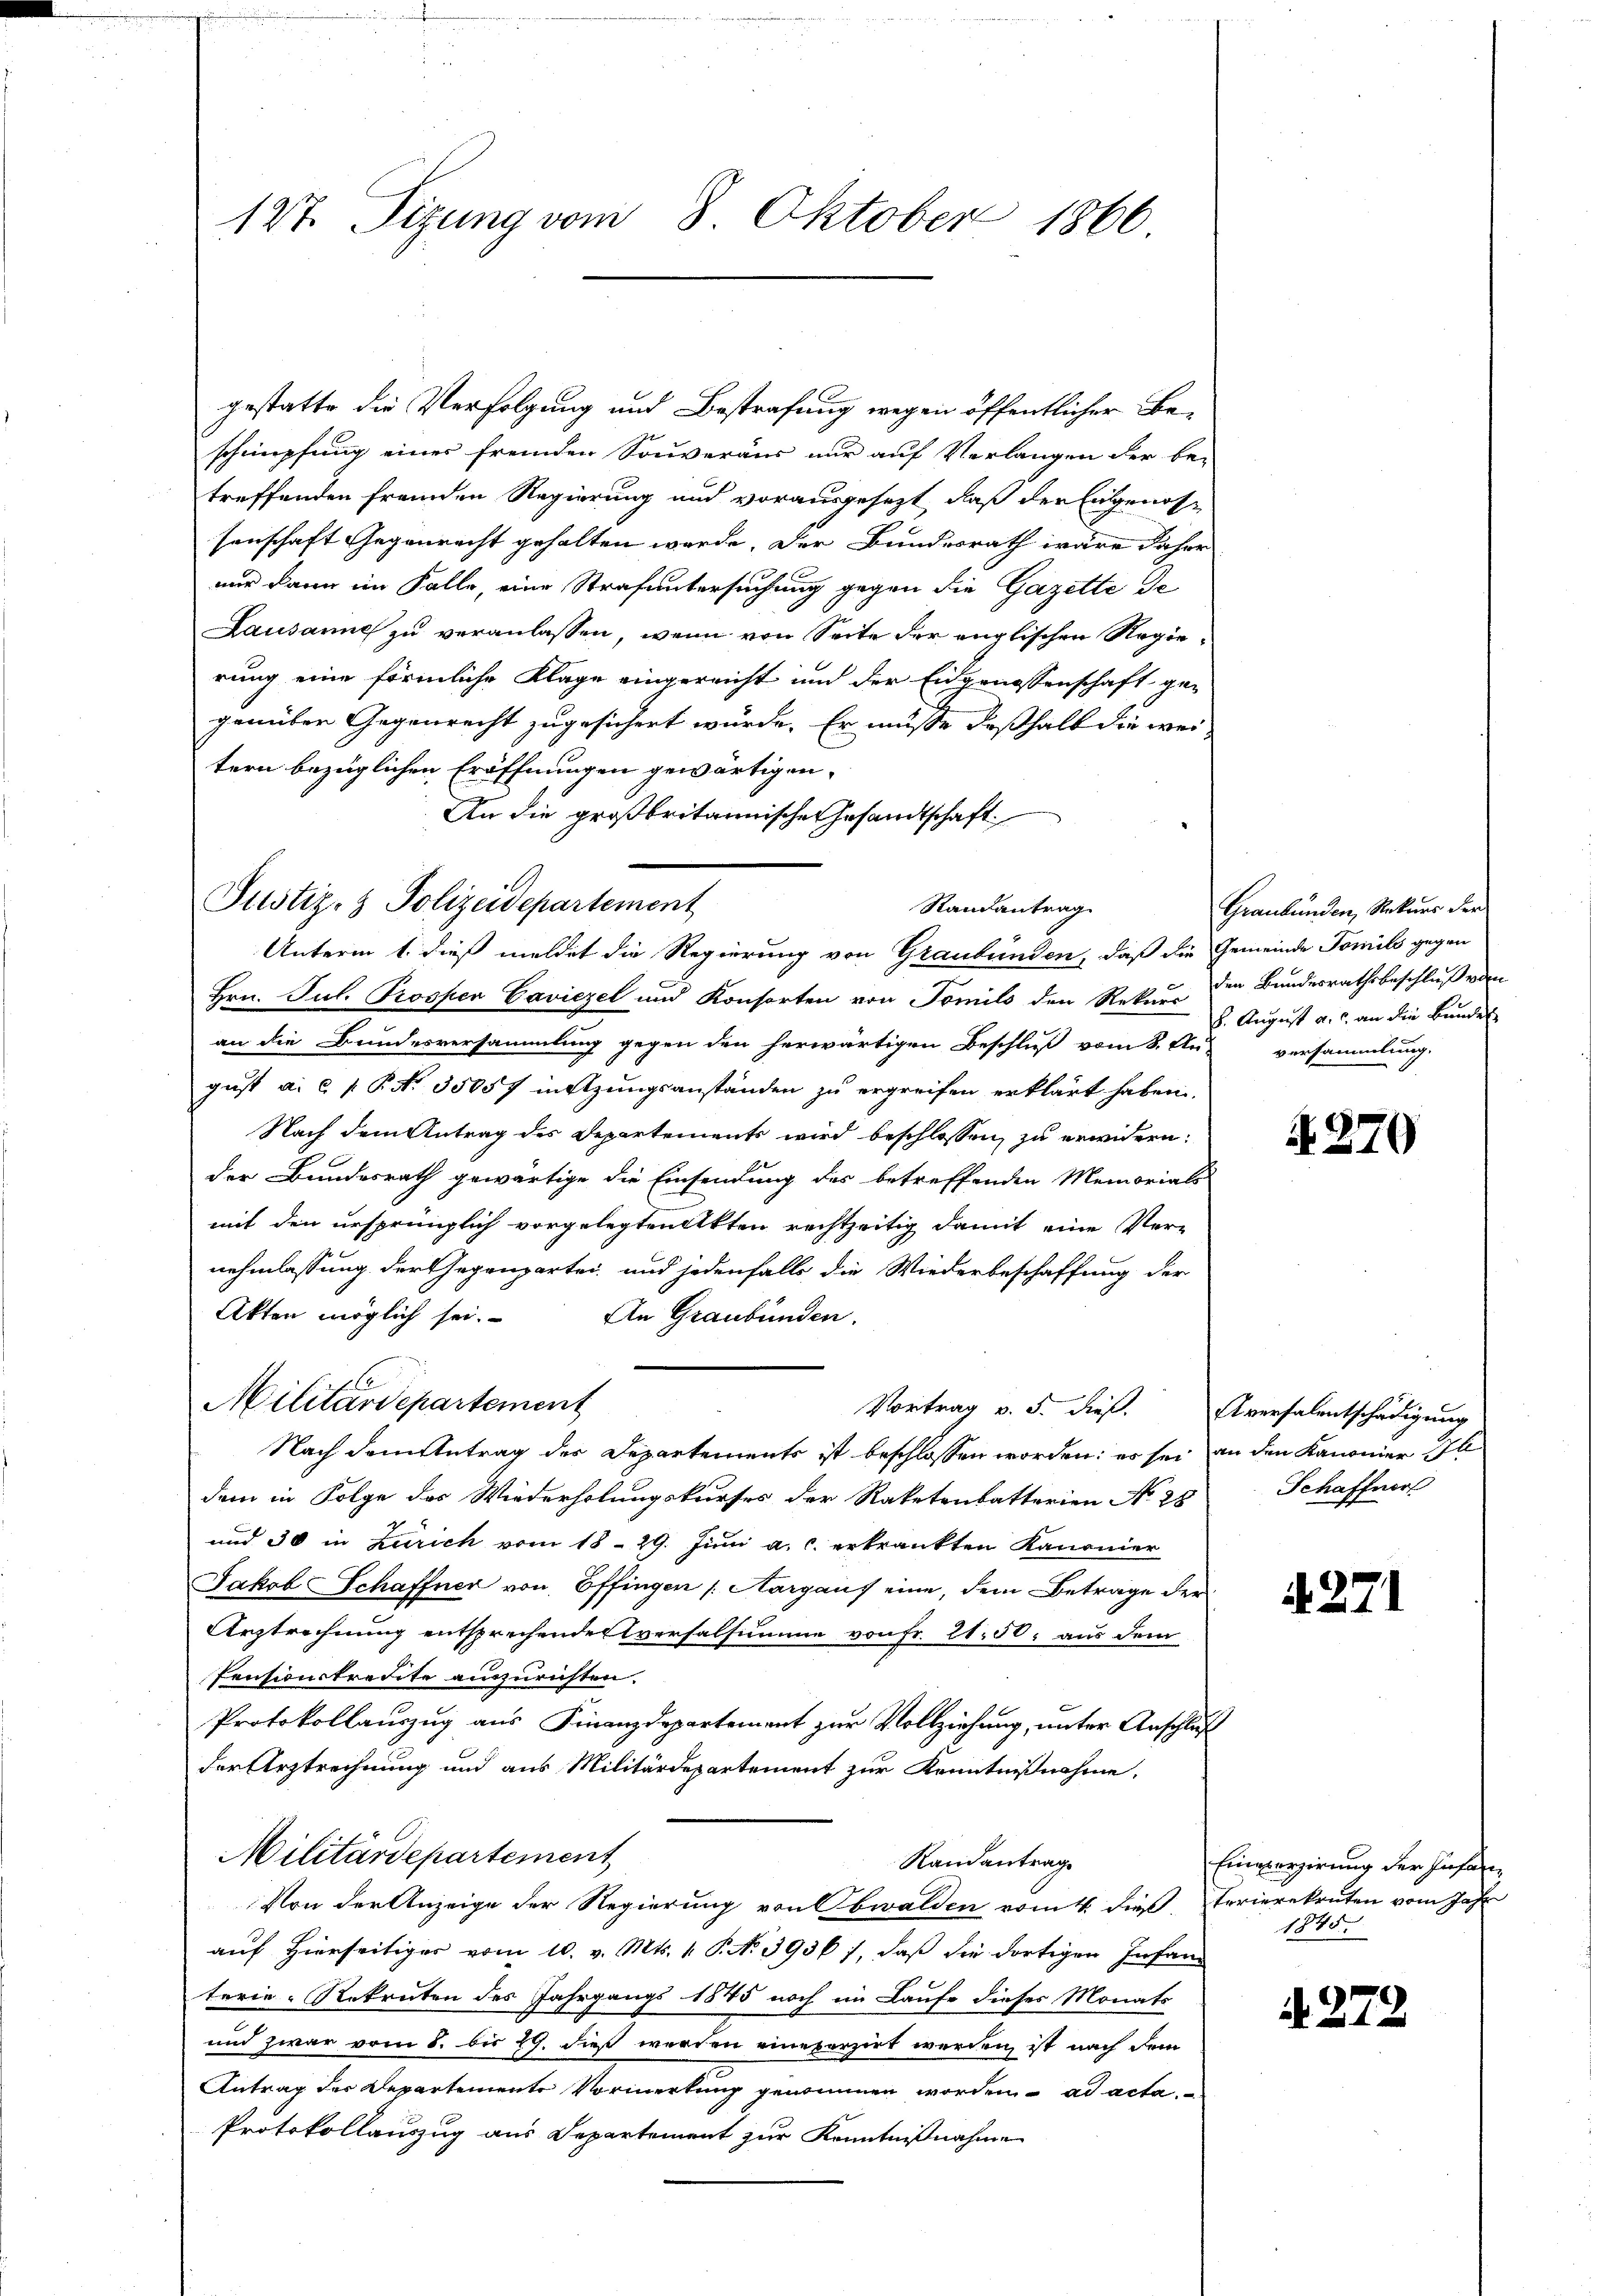
127. Sizung vom 8. Oktober 1866

Justiz- & Polizeidepartement

gestatte die Verfolgung und Bestrafung wegen öffentlicher Beschimpfung einer fremden Souveraus nur auf Verlangen der be-
treffenden fremden Regierung und vorausgesezt, daß der Eigenossenschaft Gegenrecht gehalten werde. Der Bundesrath wäre daher
nur dann im Falle, eine Strafuntersuchung gegen die Gazette de
Lausanne zu veranlassen, wenn von Seite der englischen Regierung eine förmliche Klage eingereicht und der Eidgenossenschaft ge-
genüber Gegenrecht zugesichert würde. Er müsse deßhalb die weitern bezüglichen Eröffnungen gewärtigen.
An die großbritannische Gesandtschaft
Unterm 1. dieß meldet die Regierung von Graubünden, daß die Gemeinde Tomils gegen
Hrn. Jul. Trossen Caviezel und Konsorten von Tomilo den Rekurs der Bundesrathsbeschluß vom
an die Bundesversammlung gegen den herwärtigen Beschluß vom 8. Aus versammlung.
gust a. c. P. P. Nr. 35057 mitzungsanständen zu ergreifen erklärt haben.
Nach dem Antrag des Departements wird beschlossen, zu erwidern:
der Bundesrath gewärtige die Einsendung des betreffenden Memorials
mit den ursprünglich vorgelegten Akten rechtzeitig damit eine Ver-
nehmlassung der Gegenpartei, und jedenfalls die Wiederbeschaffung der
Akten möglich sei.
An Graubünden.
Militärdepartement
Vortrag v. 5. dieß. Aversalentschädigung
Nach dem Antrag der Departements ist beschlossen worden; es sei an den Kanoner 1
dem in Folge des Wiederholungskurses der Raketenbatterien No 28
und 30 in Zürich vom 18. 29. Juni a. c. erkrankten Kanonier
Jakob Schaffner von Effingen /: Margaus eine, dem Betrage der
Arztrechnung entsprechendesversalsumme von Fr. 2150. aus dem
Pensionskredite auszurichten.
Protokollauszug aus Finanzdepartement zur Vollziehung, unter Anschluß
der Arztrechnung und aus Militärdepartement zur Kenntnißnahme,
Militärdepartement
Randantrag
Von der Anzeige der Regierung von Obwalden vom 4. dieß, Ferierekruten vom Jahr
auf Hierseitiges vom 10. v. Mts. 1. P. N. 3936), daß die dortigen Infan
terie-Rekruten des Jahrgangs 1845 noch im Laufe dieses Monats
und zwar vom 8. bis 19. dieß werden eine porzirt werden ist nach dem
Antrag der Departemente Vormerkung genommen worden ad acta
Protokollauszug aus Departement zur Kenntnißnahme

Randantrag

Graubünden, Rekurs der
. August a. c. an die Bundes

N. 270

Schaffner

A 271

Einvergierung der Höhen
1845.

A 272